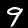
Digit: 9